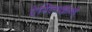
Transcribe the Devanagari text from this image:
ऐग्लिकन्